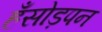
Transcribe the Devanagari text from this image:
हँसोड़पन